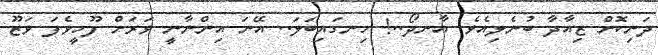
ދަނިކޮށް ޒިއާދާ ބުނެލިއެވެ. އާނދޯ..! ހިނގައިބަލަ.. އޭނަ އިންނާނީ ވަރަށް ފޫހީވެފަ ވަޒޫ